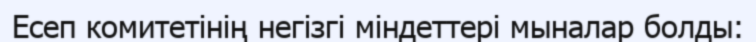
Есеп комитетінің негізгі міндеттері мыналар болды: